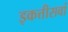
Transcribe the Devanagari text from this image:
इकत्तीसवां